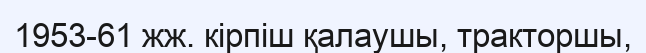
1953-61 жж. кірпіш қалаушы, тракторшы,